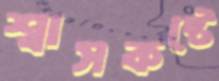
শ্বাসকষ্টে